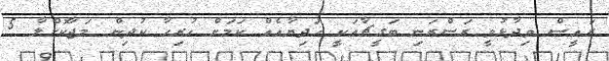
ރައީސް ވިދާޅުވީ ރަސްރަނި ބަގީޗާއަކީ ހަދިޔާއެއް ކަމަށް ހުރިހާ ކުދިން މަޖާކޮށްލާ 5